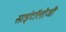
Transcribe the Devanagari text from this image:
साइंटॉलोजी